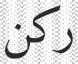
ركن